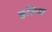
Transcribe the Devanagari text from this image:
हतिया